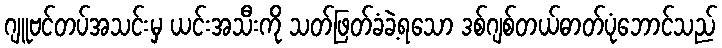
ဂျူဗင်တပ်အသင်းမှ ယင်းအသီးကို သတ်ဖြတ်ခံခဲ့ရသော ဒစ်ဂျစ်တယ်ဓာတ်ပုံဘောင်သည်